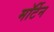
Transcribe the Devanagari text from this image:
मॉर्टेन